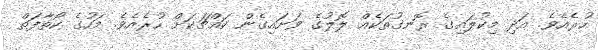
ހުރެއެވެ. އަދި މިކުލައިގެ ރޮނގުތަކެއް ލޮލުގެ ވަށައިގެން ކައްޗަކަށް ހުރެއެވެ. މަހުގެ ކޯތާފަތް